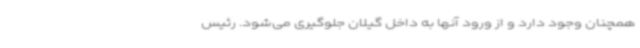
همچنان وجود دارد و از ورود آنها به داخل گیلان جلوگیری می‌شود. رئیس